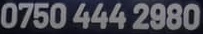
0750 444 2980